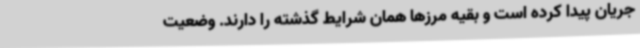
جریان پیدا کرده است و بقیه مرزها همان شرایط گذشته را دارند. وضعیت